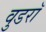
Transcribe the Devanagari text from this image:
वुडरॉ